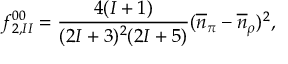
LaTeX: f _ { 2 , I I } ^ { 0 0 } = \frac { \textstyle 4 ( I + 1 ) } { \textstyle ( 2 I + 3 ) ^ { 2 } ( 2 I + 5 ) } ( \overline { { { n } } } _ { \pi } - \overline { { { n } } } _ { \rho } ) ^ { 2 } ,